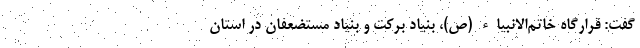
گفت: قرارگاه خاتم‌الانبیاء (ص)، بنیاد برکت و بنیاد مستضعفان در استان